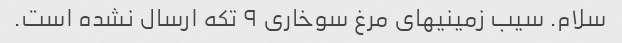
سلام. سیب زمینیهای مرغ سوخاری ۹ تکه ارسال نشده است.